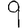
Digit: 9